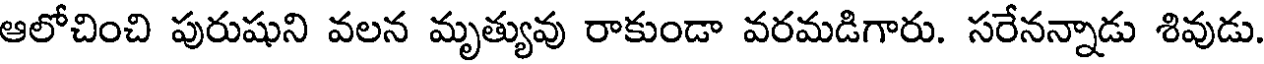
ఆలోచించి పురుషుని వలన మృత్యువు రాకుండా వరమడిగారు. సరేనన్నాడు శివుడు